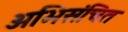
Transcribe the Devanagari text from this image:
अभिसंचित